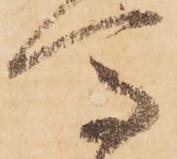
馬